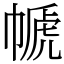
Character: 㡗